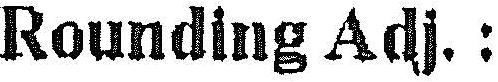
ROUNDING ADJ.: